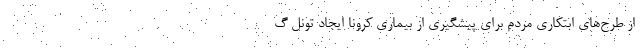
از طرح‌های ابتکاری مردم برای پیشگیری از بیماری کرونا ایجاد تونل گ